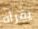
يقرأه